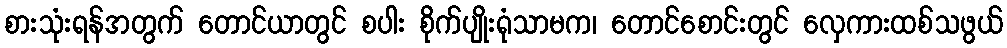
စားသုံးရန်အတွက် တောင်ယာတွင် စပါး စိုက်ပျိုးရုံသာမက၊ တောင်စောင်းတွင် လှေကားထစ်သဖွယ်